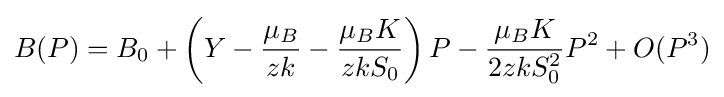
B(P)=B_{0}+\left(Y-{\frac {\mu _{B}}{zk}}-{\frac {\mu _{B}K}{zkS_{0}}}\right)P-{\frac {\mu _{B}K}{2zkS_{0}^{2}}}P^{2}+O(P^{3})